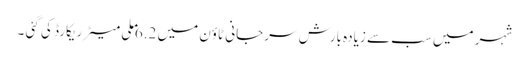
شہر میں سب سے زیادہ بارش سرجانی ٹاؤن میں 6.2 ملی میٹر ریکارڈ کی گئی ۔